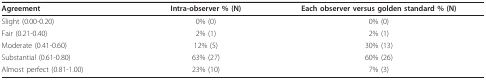
<table><thead><tr><td><b>Agreement</b></td><td><b>Intra-observer % (N)</b></td><td><b>Each observer versus golden standard % (N)</b></td></tr></thead><tbody><tr><td>Slight (0.00-0.20)</td><td>0% (0)</td><td>0% (0)</td></tr><tr><td>Fair (0.21-0.40)</td><td>2% (1)</td><td>2% (1)</td></tr><tr><td>Moderate (0.41-0.60)</td><td>12% (5)</td><td>30% (13)</td></tr><tr><td>Substantial (0.61-0.80)</td><td>63% (27)</td><td>60% (26)</td></tr><tr><td>Almost perfect (0.81-1.00)</td><td>23% (10)</td><td>7% (3)</td></tr></tbody></table>